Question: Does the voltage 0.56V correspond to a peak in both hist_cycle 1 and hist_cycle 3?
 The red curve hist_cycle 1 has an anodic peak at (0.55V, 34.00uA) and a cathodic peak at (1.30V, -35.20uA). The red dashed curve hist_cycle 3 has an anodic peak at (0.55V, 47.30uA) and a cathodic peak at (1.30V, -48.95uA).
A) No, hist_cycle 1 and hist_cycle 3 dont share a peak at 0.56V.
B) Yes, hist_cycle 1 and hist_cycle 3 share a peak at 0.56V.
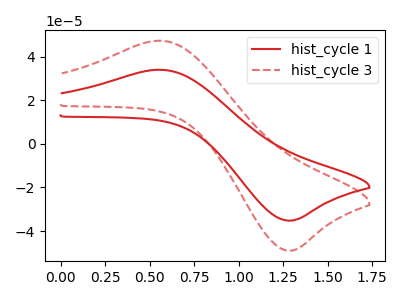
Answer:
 <answer>B) Yes, "hist_cycle 1" and "hist_cycle 3" share a peak at 0.56V.</answer>
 <eval>B</eval>